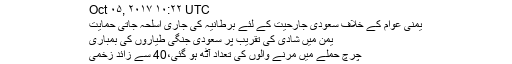
Oct ۰۵, ۲۰۱۷ ۱۰:۲۲ UTC
یمنی عوام کے خلاف سعودی جارحیت کے لئے برطانیہ کی جاری اسلحہ جاتی حمایت
یمن میں شادی کی تقریب پر سعودی جنگی طیاروں کی بمباری
چرچ حملے میں مرنے والوں کی تعداد آٹھ ہو گئی،40 سے زائد زخمی